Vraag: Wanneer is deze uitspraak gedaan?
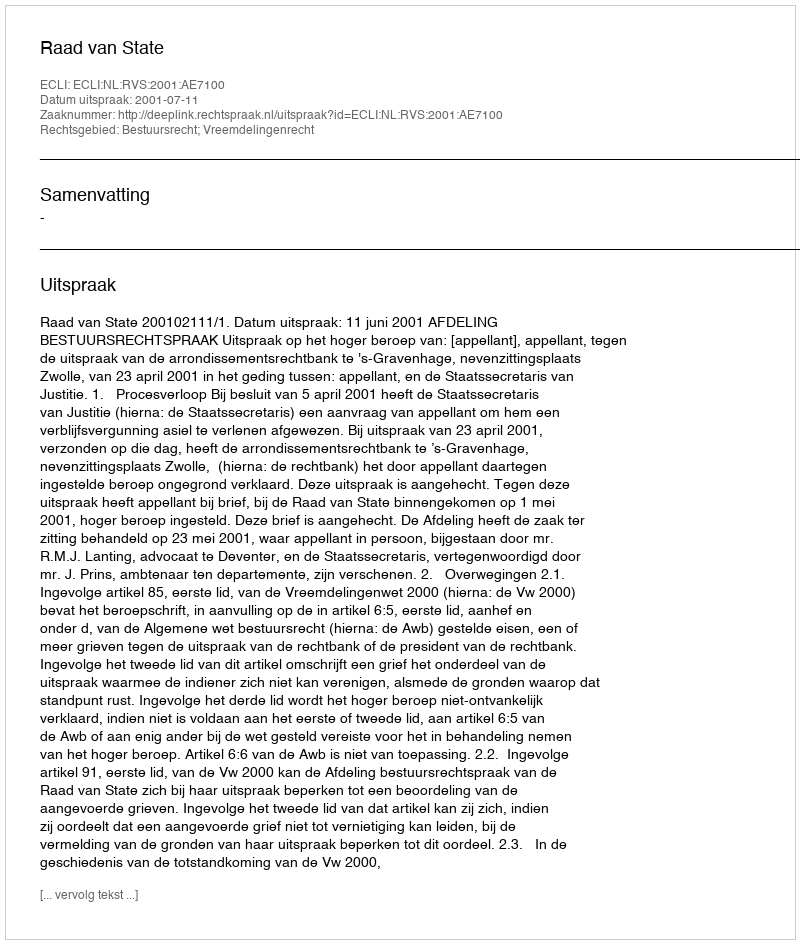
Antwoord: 2001-07-11